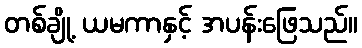
တစ်ချို့ ယမကာနှင့် အပန်းဖြေသည်။